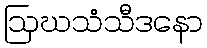
ဩဃသံသီဒနော